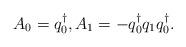
LaTeX: \begin{align*}&A_0=q_0^{\dagger},A_1=-q_0^\dagger q_1q_0^\dagger.\end{align*}